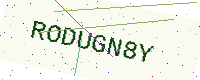
Text: RODUGN8Y